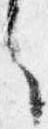
之